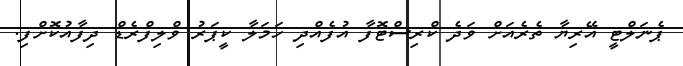
ޕެނަލްޓީ އޭރިޔާ ތެރެއަށް ވަދެ ކްރިސްޓޮފާ އުފެއްދި ހަމަލާ ކީޕަރު ވްލިފްރެޑް ދިފާއުކޮށްފި.